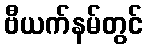
ဗီယက်နမ်တွင်